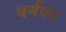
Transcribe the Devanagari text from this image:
धर्मपर